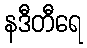
နဒီတီရေ